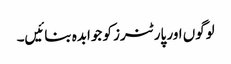
لوگوں اور پارٹنرز کو جوابدہ بنائیں۔